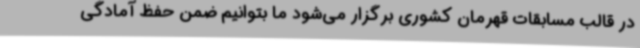
در قالب مسابقات قهرمان کشوری برگزار می‌شود ما بتوانیم ضمن حفظ آمادگی